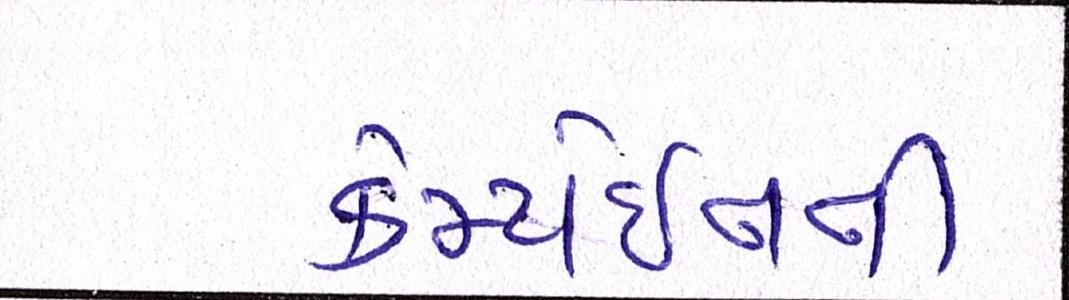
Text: કેમ્પેઇનની